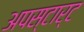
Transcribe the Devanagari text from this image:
अपस्टार्ट